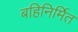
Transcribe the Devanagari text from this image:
बहिनिर्मित